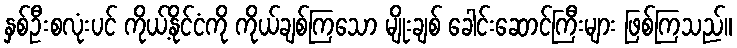
နှစ်ဦးစလုံးပင် ကိုယ့်နိုင်ငံကို ကိုယ်ချစ်ကြသော မျိုးချစ် ခေါင်းဆောင်ကြီးများ ဖြစ်ကြသည်။